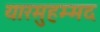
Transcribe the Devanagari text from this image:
यारमुहम्मद